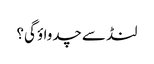
لنڈ سے چدواؤ گی؟